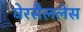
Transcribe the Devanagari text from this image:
वेरसैललेस